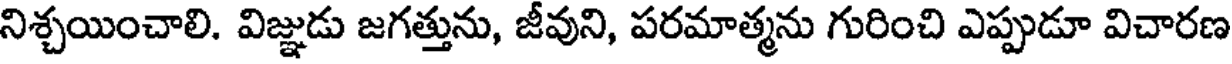
నిశ్చయించాలి. విజ్ఞుడు జగత్తును, జీవుని, పరమాత్మను గురించి ఎప్పుడూ విచారణ